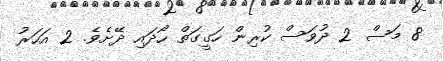
8 މަސް 2 ދުވަސް ކުރިން ހަގީގަތް ހޯދައި ދޭށެވެ. 2 އަހަރު